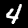
Digit: 4